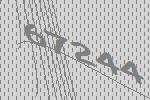
67244